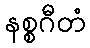
နစ္စဂီတံ